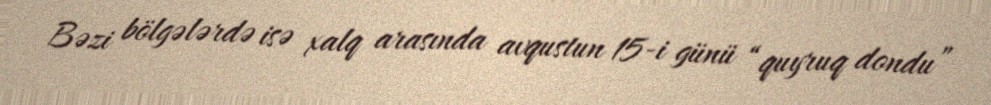
Bəzi bölgələrdə isə xalq arasında avqustun 15-i günü “quyruq dondu”